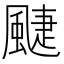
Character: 𩗳